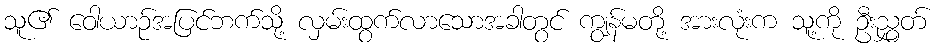
သူ၏ ဝေါယာဉ်အပြင်ဘက်သို့ လှမ်းထွက်လာသောအခါတွင် ကျွန်မတို့ အားလုံးက သူ့ကို ဦးညွှတ်